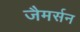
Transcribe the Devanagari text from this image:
जैमर्सन